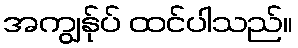
အကျွန်ုပ် ထင်ပါသည်။